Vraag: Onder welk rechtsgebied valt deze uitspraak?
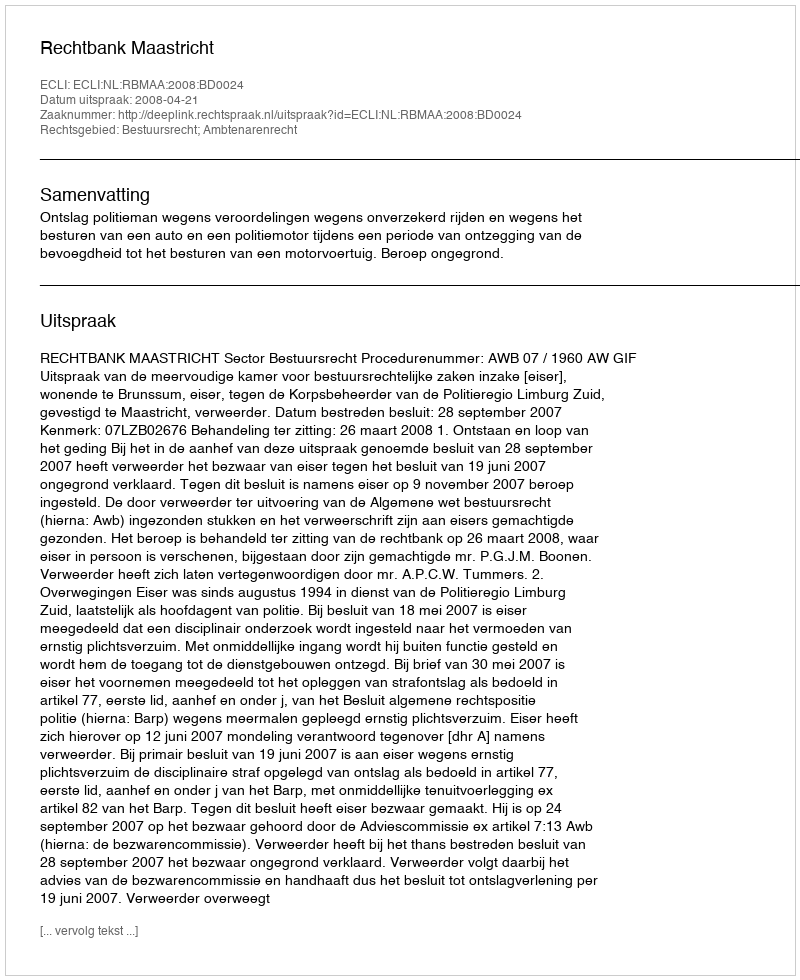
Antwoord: Bestuursrecht; Ambtenarenrecht